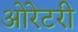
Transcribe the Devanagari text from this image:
ओरेटरी